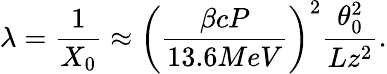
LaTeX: \lambda=\frac{1}{X_{0}}\approx\left(\frac{\beta cP}{13.6MeV}\right)^{2}\frac{\theta_{0}^{2}}{Lz^{2}}.